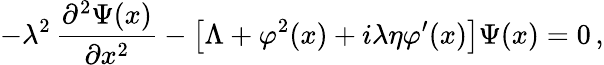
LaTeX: -\lambda^{2}\, \frac{\partial^{2}\Psi(x)}{\partial x^{2}}-\left[\Lambda+\varphi^{2}(x)+i\lambda\eta\varphi^{\prime}(x)\right]\Psi(x)=0\, ,